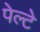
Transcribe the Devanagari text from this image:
पेल्टे